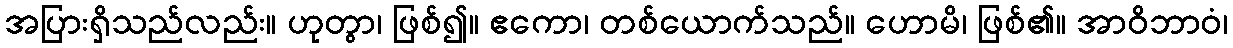
အပြားရှိသည်လည်း။ ဟုတွာ၊ ဖြစ်၍။ ဧကော၊ တစ်ယောက်သည်။ ဟောမိ၊ ဖြစ်၏။ အာဝိဘာဝံ၊